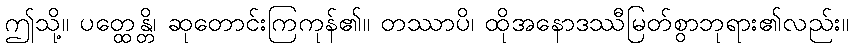
ဤသို့။ ပတ္ထေန္တိ၊ ဆုတောင်းကြကုန်၏။ တဿာပိ၊ ထိုအနောဒဿီမြတ်စွာဘုရား၏လည်း။